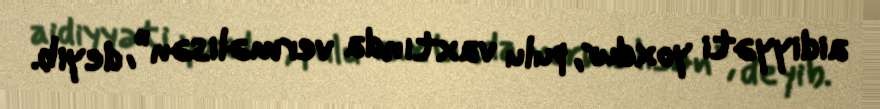
aidiyyəti yoxdur, pulu vaxtında verməlisən”, deyib.